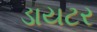
ડાયટર